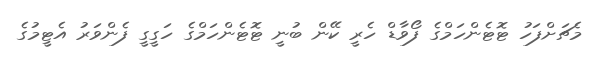
މެޗަށްފަހު ޓޮޓެންހަމްގެ ފޯވާޑް ހެރީ ކޭން ބުނީ ޓޮޓެންހަމްގެ ހަގީގީ ފެންވަރު އެޓީމުގެ